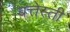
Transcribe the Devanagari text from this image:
बत्तेस्ती